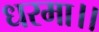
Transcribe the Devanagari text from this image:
धरमा।।